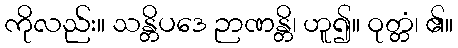
ကိုလည်း။ သန္တိပဒေ ဉာဏန္တိ၊ ဟူ၍။ ဝုတ္တံ၊ ၏။